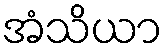
အံသိယာ